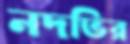
নদভির